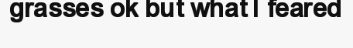
grasses ok but what I feared